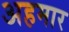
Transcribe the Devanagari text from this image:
अहमार